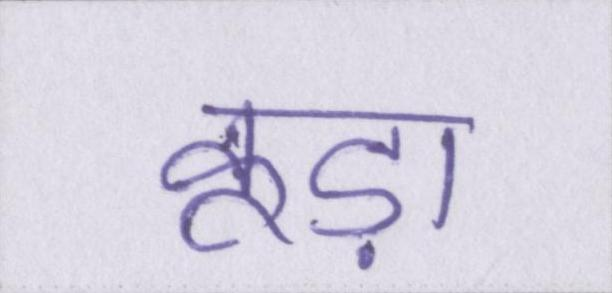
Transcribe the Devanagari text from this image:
कूड़ा